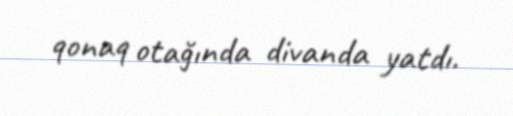
qonaq otağında divanda yatdı.